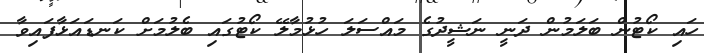
ހައި ކޯޓުން ބަލަމުން ދަނީ ނަޝީދުގެ މައްސަލަ ހުޅުމާލޭ ކޯޓުގައި ބެލުމަށް ކަނޑައަޅާފައިވާ